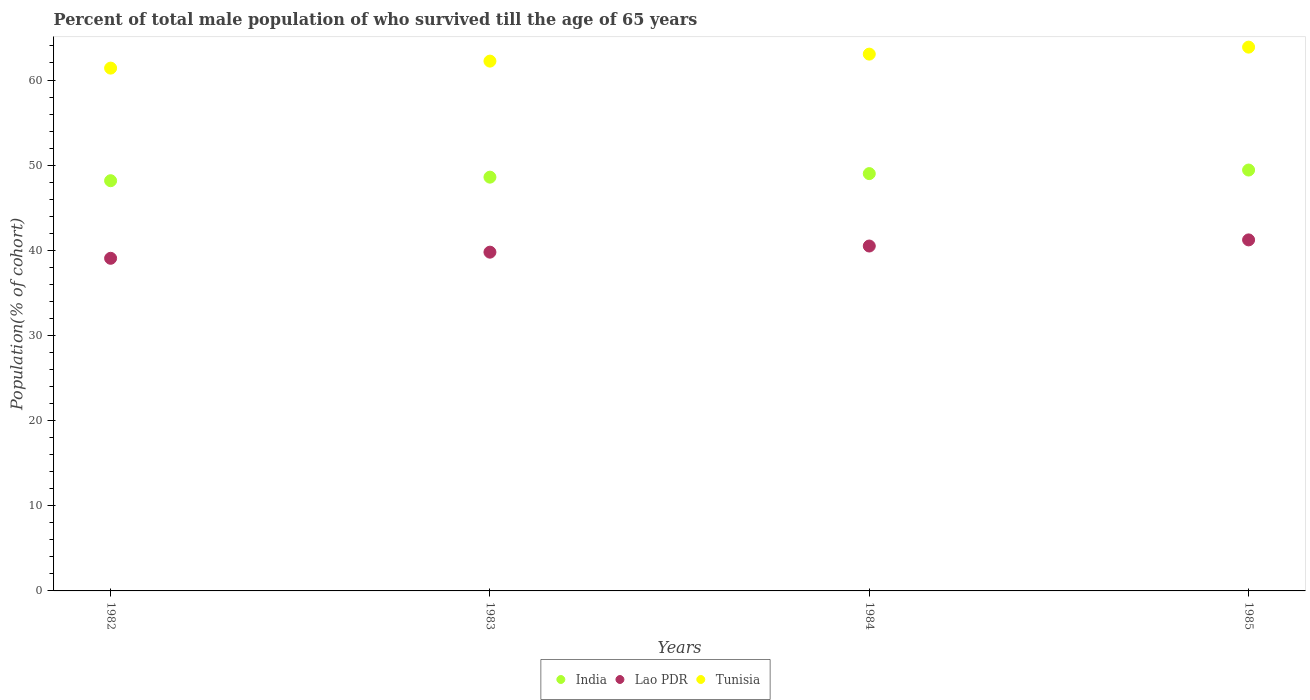
| Years | India | Lao PDR | Tunisia |
 | --- | --- | --- | --- |
 | 1982 | 48.2 | 39.1 | 61.4 |
 | 1983 | 48.6 | 39.8 | 62.2 |
 | 1984 | 49 | 40.5 | 63 |
 | 1985 | 49.4 | 41.2 | 63.9 |